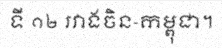
ទី ១២ រវាងចិន-កម្ពុជា។